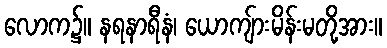
လောက၌။ နရနာရီနံ၊ ယောကျ်ားမိန်းမတို့အား။